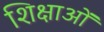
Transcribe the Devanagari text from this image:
शिक्षाआें